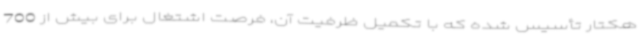
هکتار تأسیس شده که با تکمیل ظرفیت آن، فرصت اشتغال برای بیش از 700